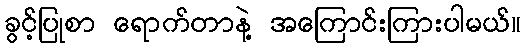
ခွင့်ပြုစာ ရောက်တာနဲ့ အကြောင်းကြားပါမယ်။